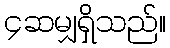
၄ဆမျှရှိသည်။